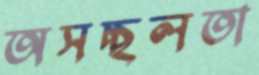
অসচ্ছলতা